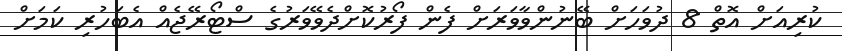
ކުރިއަށް އޮތް 8 ދުވަހަށް ބޭނުންވާވަރަށް ފެން ފޯރުކޮށްދެވޭވަރުގެ ސްޓޯރޭޖެއް އެބަހުރި ކަމަށް